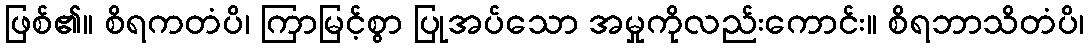
ဖြစ်၏။ စိရကတံပိ၊ ကြာမြင့်စွာ ပြုအပ်သော အမှုကိုလည်းကောင်း။ စိရဘာသိတံပိ၊